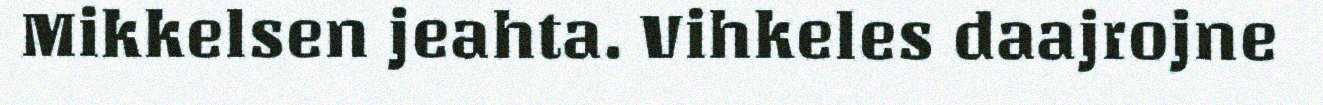
Mikkelsen jeahta. Vihkeles daajrojne